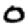
Digit: 0